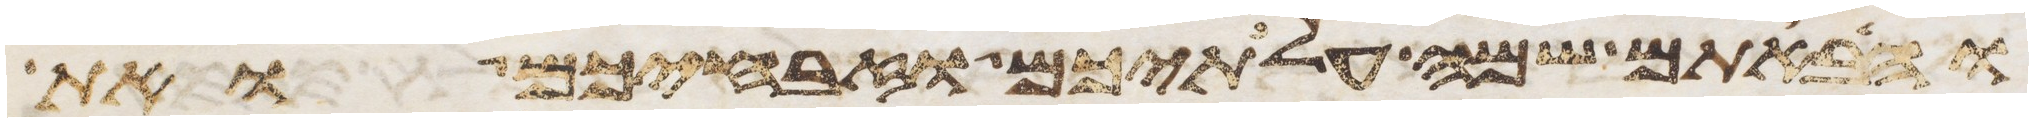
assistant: והבאתם שמה עלתיכם וזבחיכם ואת